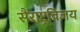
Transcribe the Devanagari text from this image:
सैराष्ट्रविजय